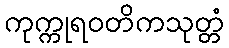
ကုက္ကုရဝတိကသုတ္တံ